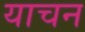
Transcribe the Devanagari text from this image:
याचन